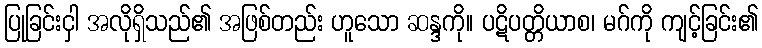
ပြုခြင်းငှါ အလိုရှိသည်၏ အဖြစ်တည်း ဟူသော ဆန္ဒကို။ ပဋိပတ္တိယာစ၊ မဂ်ကို ကျင့်ခြင်း၏